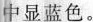
中显蓝色。